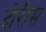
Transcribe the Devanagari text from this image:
दोरीस